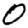
Digit: 0